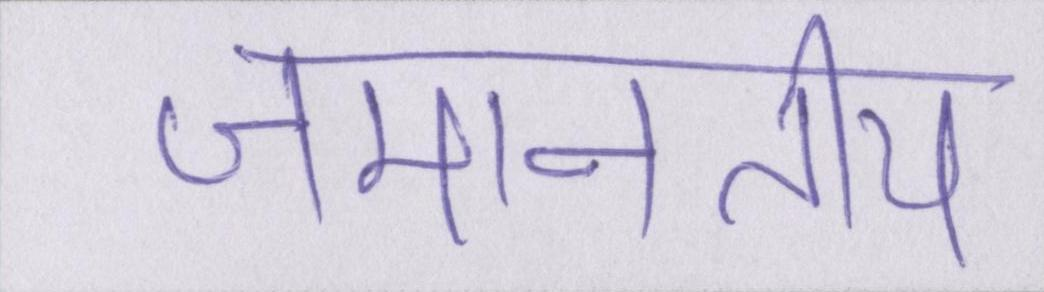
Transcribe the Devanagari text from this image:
जमानतीय